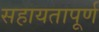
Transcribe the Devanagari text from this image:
सहायतापूर्ण